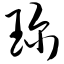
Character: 珍